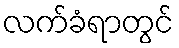
လက်ခံရာတွင်